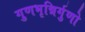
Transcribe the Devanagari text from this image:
गुणभृन्निर्गुणो